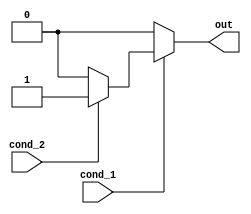
module nested_if_else (
    input wire cond_1,
    input wire cond_2,
    output reg out
);

always @(cond_1, cond_2)
begin
    if (cond_1)
    begin
        if (cond_2)
        begin
            out <= 1;
        end
        else
        begin
            out <= 0;
        end
    end
    else
    begin
        out <= 0;
    end
end

endmodule